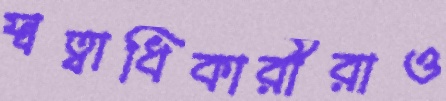
স্বত্বাধিকারীরাও